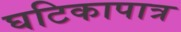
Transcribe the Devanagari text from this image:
घटिकापात्र